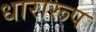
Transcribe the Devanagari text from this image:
धारारूप